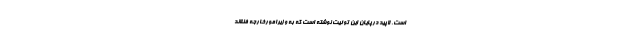
است. لاپید درپایان این توئیت نوشته است که به وزیرامورخارجه فنلاند